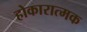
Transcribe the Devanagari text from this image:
होकारात्मक